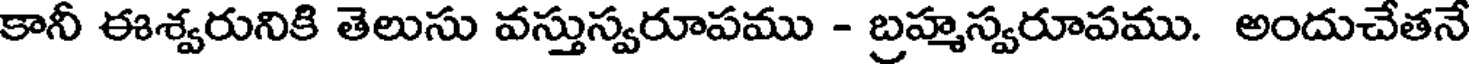
కానీ ఈశ్వరునికి తెలుసు వస్తుస్వరూపము - బ్రహ్మస్వరూపము. అందుచేతనే